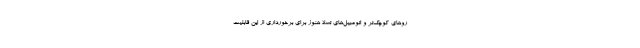
رو‌های کوچک‌تر و اتومبیل‌های تسلا هنوز برای برخورداری از این قابلیت